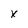
Character: X